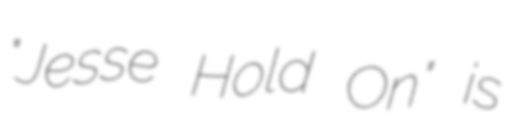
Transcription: "Jesse Hold On" is